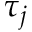
\tau _ { j }